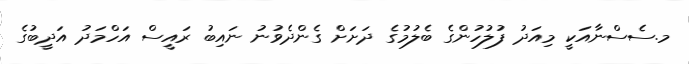
މ.ސެސްނާއަކީ މިއަދު ފުލުހުންގެ ބެލުމުގެ ދަށަށް ގެންދެވުނު ނައިބު ރައީސް އަހްމަދު އަދީބުގެ